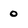
Character: 0